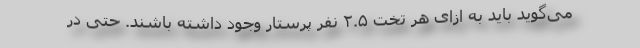
می‌گوید باید به ازای هر تخت ۲.۵ نفر پرستار وجود داشته باشند. حتی در